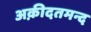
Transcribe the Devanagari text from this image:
अक़ीदतमन्द